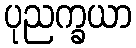
ပုညက္ခယာ